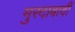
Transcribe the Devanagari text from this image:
मुरदाबादी